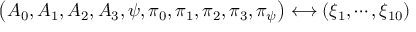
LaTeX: \left( A _ { 0 } , A _ { 1 } , A _ { 2 } , A _ { 3 } , \psi , \pi _ { 0 } , \pi _ { 1 } , \pi _ { 2 } , \pi _ { 3 } , \pi _ { \psi } \right) \longleftrightarrow \left( \xi _ { 1 } , \cdots , \xi _ { 1 0 } \right)